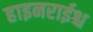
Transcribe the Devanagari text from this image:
हाइनराईश्च